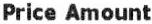
PRICE AMOUNT